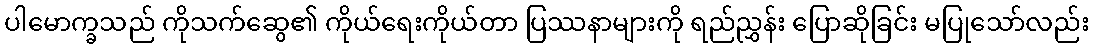
ပါမောက္ခသည် ကိုသက်ဆွေ၏ ကိုယ်ရေးကိုယ်တာ ပြဿနာများကို ရည်ညွှန်း ပြောဆိုခြင်း မပြုသော်လည်း